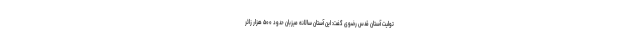
تولیت آستان قدس رضوی گفت: این آستان سالانه میزبان حدود ۵۰۰ هزار زائر